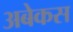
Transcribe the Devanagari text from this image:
अबेकस